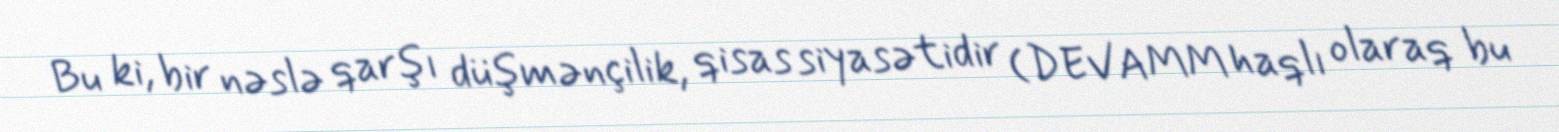
Bu ki, bir nəslə qarşı düşmənçilik, qisas siyasətidir (DEVAMM haqlı olaraq bu